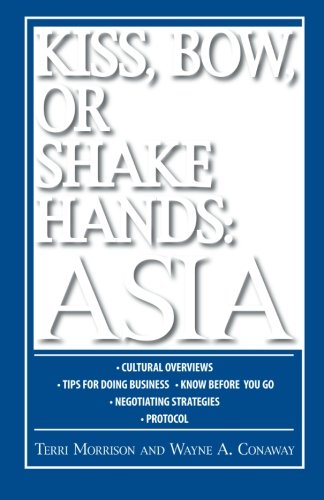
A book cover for Kiss, Bow, or Shake Hands: Asia - How to Do Business in 12 Asian Countries; Terri Morrison; Business & Money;